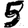
Digit: 5